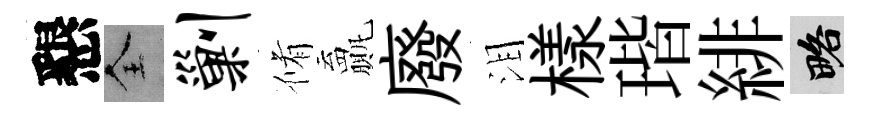
懇全剿脩贏廢泪樣瑎緋略